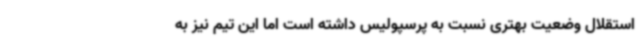
استقلال وضعیت بهتری نسبت به پرسپولیس داشته است اما این تیم نیز به